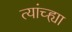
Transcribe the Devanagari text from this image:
त्यांच्ह्या